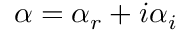
\alpha = \alpha _ { r } + i \alpha _ { i }